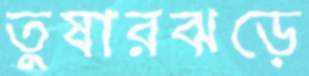
তুষারঝড়ে